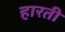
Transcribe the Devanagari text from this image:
हारती